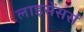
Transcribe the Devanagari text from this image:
लाइसेंसर्स